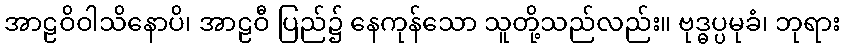
အာဠဝိဝါသိနောပိ၊ အာဠဝီ ပြည်၌ နေကုန်သော သူတို့သည်လည်း။ ဗုဒ္ဓပ္ပမုခံ၊ ဘုရား